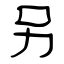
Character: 另